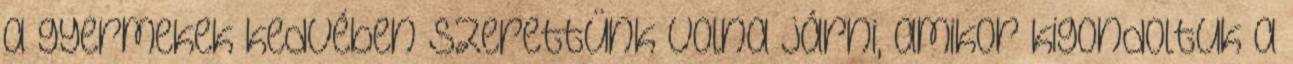
a gyermekek kedvében szerettünk volna járni, amikor kigondoltuk a